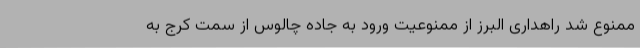
ممنوع شد راهداری البرز از ممنوعیت ورود به جاده چالوس از سمت کرج به